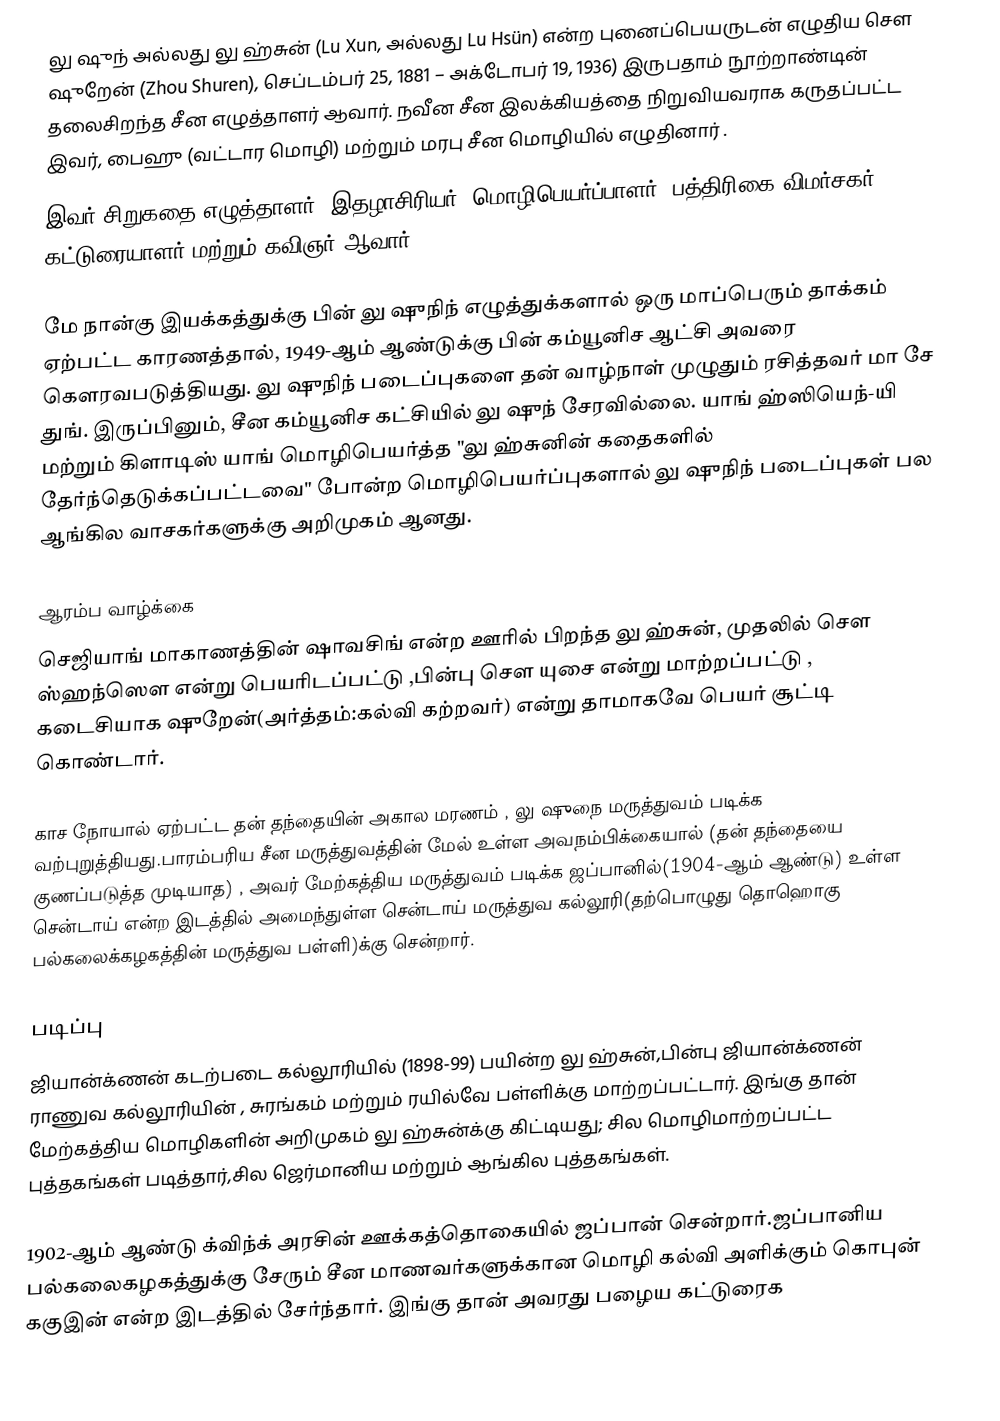
லு  ஷுந்  அல்லது லு  ஹ்சுன் (Lu Xun,  அல்லது Lu Hsün) என்ற புனைப்பெயருடன் எழுதிய சௌ ஷுறேன் (Zhou Shuren), செப்டம்பர் 25, 1881 – அக்டோபர் 19, 1936) இருபதாம் நூற்றாண்டின் தலைசிறந்த சீன எழுத்தாளர் ஆவார். நவீன சீன இலக்கியத்தை நிறுவியவராக கருதப்பட்ட இவர், பைஹு (வட்டார மொழி) மற்றும் மரபு சீன மொழியில் எழுதினார் .
இவர் சிறுகதை எழுத்தாளர், இதழாசிரியர், மொழிபெயர்ப்பாளர், பத்திரிகை விமர்சகர், கட்டுரையாளர் மற்றும் கவிஞர் ஆவார்.

மே நான்கு இயக்கத்துக்கு பின் லு ஷுநிந் எழுத்துக்களால் ஒரு மாப்பெரும் தாக்கம் ஏற்பட்ட காரணத்தால், 1949-ஆம் ஆண்டுக்கு பின் கம்யூனிச ஆட்சி அவரை கௌரவபடுத்தியது. லு ஷுநிந் படைப்புகளை  தன் வாழ்நாள் முழுதும் ரசித்தவர் மா சே துங். இருப்பினும், சீன கம்யூனிச கட்சியில் லு ஷுந் சேரவில்லை. யாங் ஹ்ஸியெந்-யி மற்றும் கிளாடிஸ் யாங் மொழிபெயர்த்த "லு ஹ்சுனின் கதைகளில் தேர்ந்தெடுக்கப்பட்டவை" போன்ற மொழிபெயர்ப்புகளால் லு ஷுநிந் படைப்புகள் பல ஆங்கில வாசகர்களுக்கு அறிமுகம் ஆனது.

ஆரம்ப வாழ்க்கை
செஜியாங்  மாகாணத்தின் ஷாவசிங் என்ற  ஊரில் பிறந்த லு ஹ்சுன், முதலில் சௌ ஸ்ஹந்ஸௌ  என்று பெயரிடப்பட்டு ,பின்பு சௌ யுசை என்று மாற்றப்பட்டு , கடைசியாக ஷுறேன்(அர்த்தம்:கல்வி கற்றவர்) என்று தாமாகவே பெயர் சூட்டி கொண்டார்.

காச நோயால் ஏற்பட்ட தன் தந்தையின் அகால மரணம் , லு ஷுநை மருத்துவம் படிக்க வற்புறுத்தியது.பாரம்பரிய சீன மருத்துவத்தின் மேல் உள்ள அவநம்பிக்கையால் (தன் தந்தையை குணப்படுத்த முடியாத) , அவர் மேற்கத்திய மருத்துவம் படிக்க ஜப்பானில்(1904-ஆம் ஆண்டு) உள்ள சென்டாய் என்ற இடத்தில் அமைந்துள்ள சென்டாய் மருத்துவ கல்லூரி(தற்பொழுது  தொஹொகு பல்கலைக்கழகத்தின் மருத்துவ பள்ளி)க்கு சென்றார்.

படிப்பு
ஜியான்க்ணன் கடற்படை கல்லூரியில் (1898-99) பயின்ற லு ஹ்சுன்,பின்பு ஜியான்க்ணன் ராணுவ கல்லூரியின் , சுரங்கம் மற்றும் ரயில்வே பள்ளிக்கு மாற்றப்பட்டார். இங்கு தான் மேற்கத்திய மொழிகளின் அறிமுகம் லு ஹ்சுன்க்கு கிட்டியது; சில மொழிமாற்றப்பட்ட புத்தகங்கள் படித்தார்,சில ஜெர்மானிய மற்றும் ஆங்கில புத்தகங்கள்.

1902-ஆம் ஆண்டு  க்விந்க் அரசின் ஊக்கத்தொகையில் ஜப்பான் சென்றார்.ஜப்பானிய பல்கலைகழகத்துக்கு சேரும் சீன மாணவர்களுக்கான மொழி கல்வி அளிக்கும் கொபுன் ககுஇன் என்ற இடத்தில் சேர்ந்தார். இங்கு தான் அவரது பழைய கட்டுரைக